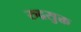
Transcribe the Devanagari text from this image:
रुद्रसुक्त